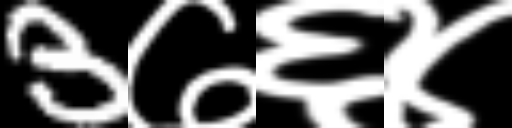
Text: 3७६४